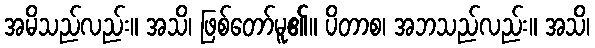
အမိသည်လည်း။ အသိ၊ ဖြစ်တော်မူ၏။ ပိတာစ၊ အဘသည်လည်း။ အသိ၊